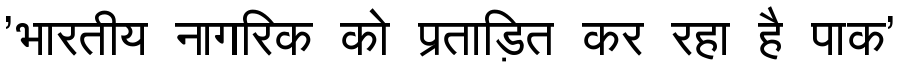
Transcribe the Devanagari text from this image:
'भारतीय नागरिक को प्रताड़ित कर रहा है पाक'